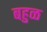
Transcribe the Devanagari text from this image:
बहुळ